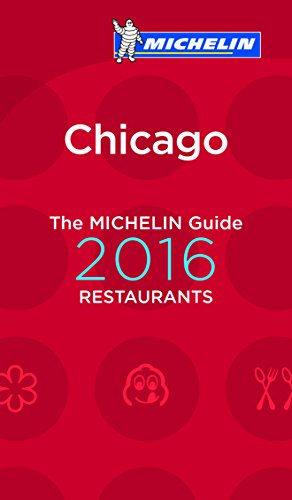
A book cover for MICHELIN Guide Chicago 2016 (Michelin Guide/Michelin); Michelin; Travel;